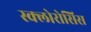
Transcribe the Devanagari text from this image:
स्क्लोरोसिस